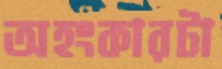
অহংকারটা